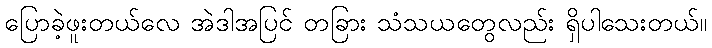
ပြောခဲ့ဖူးတယ်လေ အဲဒါအပြင် တခြား သံသယတွေလည်း ရှိပါသေးတယ်။